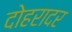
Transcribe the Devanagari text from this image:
दोहरादर